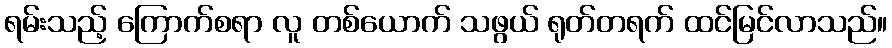
ရမ်းသည့် ကြောက်စရာ လူ တစ်ယောက် သဖွယ် ရုတ်တရက် ထင်မြင်လာသည်။